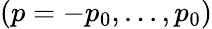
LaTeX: (p=-p_{0},...,p_{0})